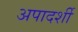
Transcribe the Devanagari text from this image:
अपादर्शी